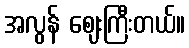
အလွန် ဈေးကြီးတယ်။